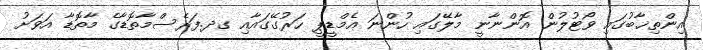
އިންތިޚާބުގައި ވޯޓުލުން އޮންނާނީ މާލޭގައި ހުންނަ އެމްޑީޕީ ހަރުގޭގައާއި ގދ.ފަރެސްމާތޮޑާގެ މާތޮޑާ އަވަށު